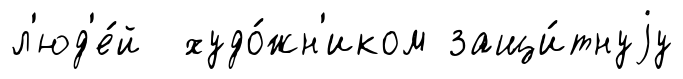
л'юд'е́й худо́жн'иком защи́тнуjу